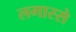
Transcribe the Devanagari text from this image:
लगास्से